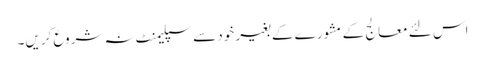
اس لئے معالج کے مشورے کے بغیر خود سے سپلیمنٹ نہ شروع کریں۔